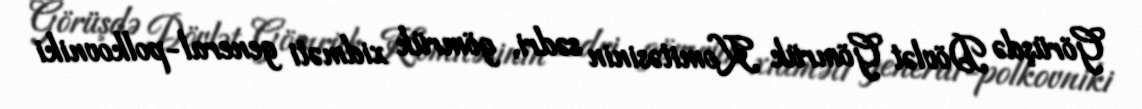
Görüşdə Dövlət Gömrük Komitəsinin sədri, gömrük xidməti general-polkovniki